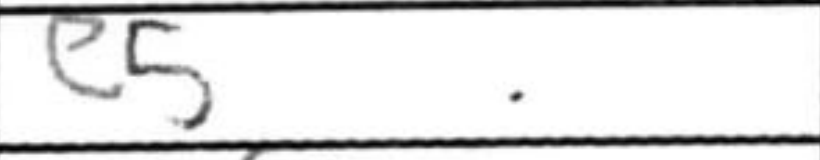
Transcription: e5